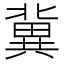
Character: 冀